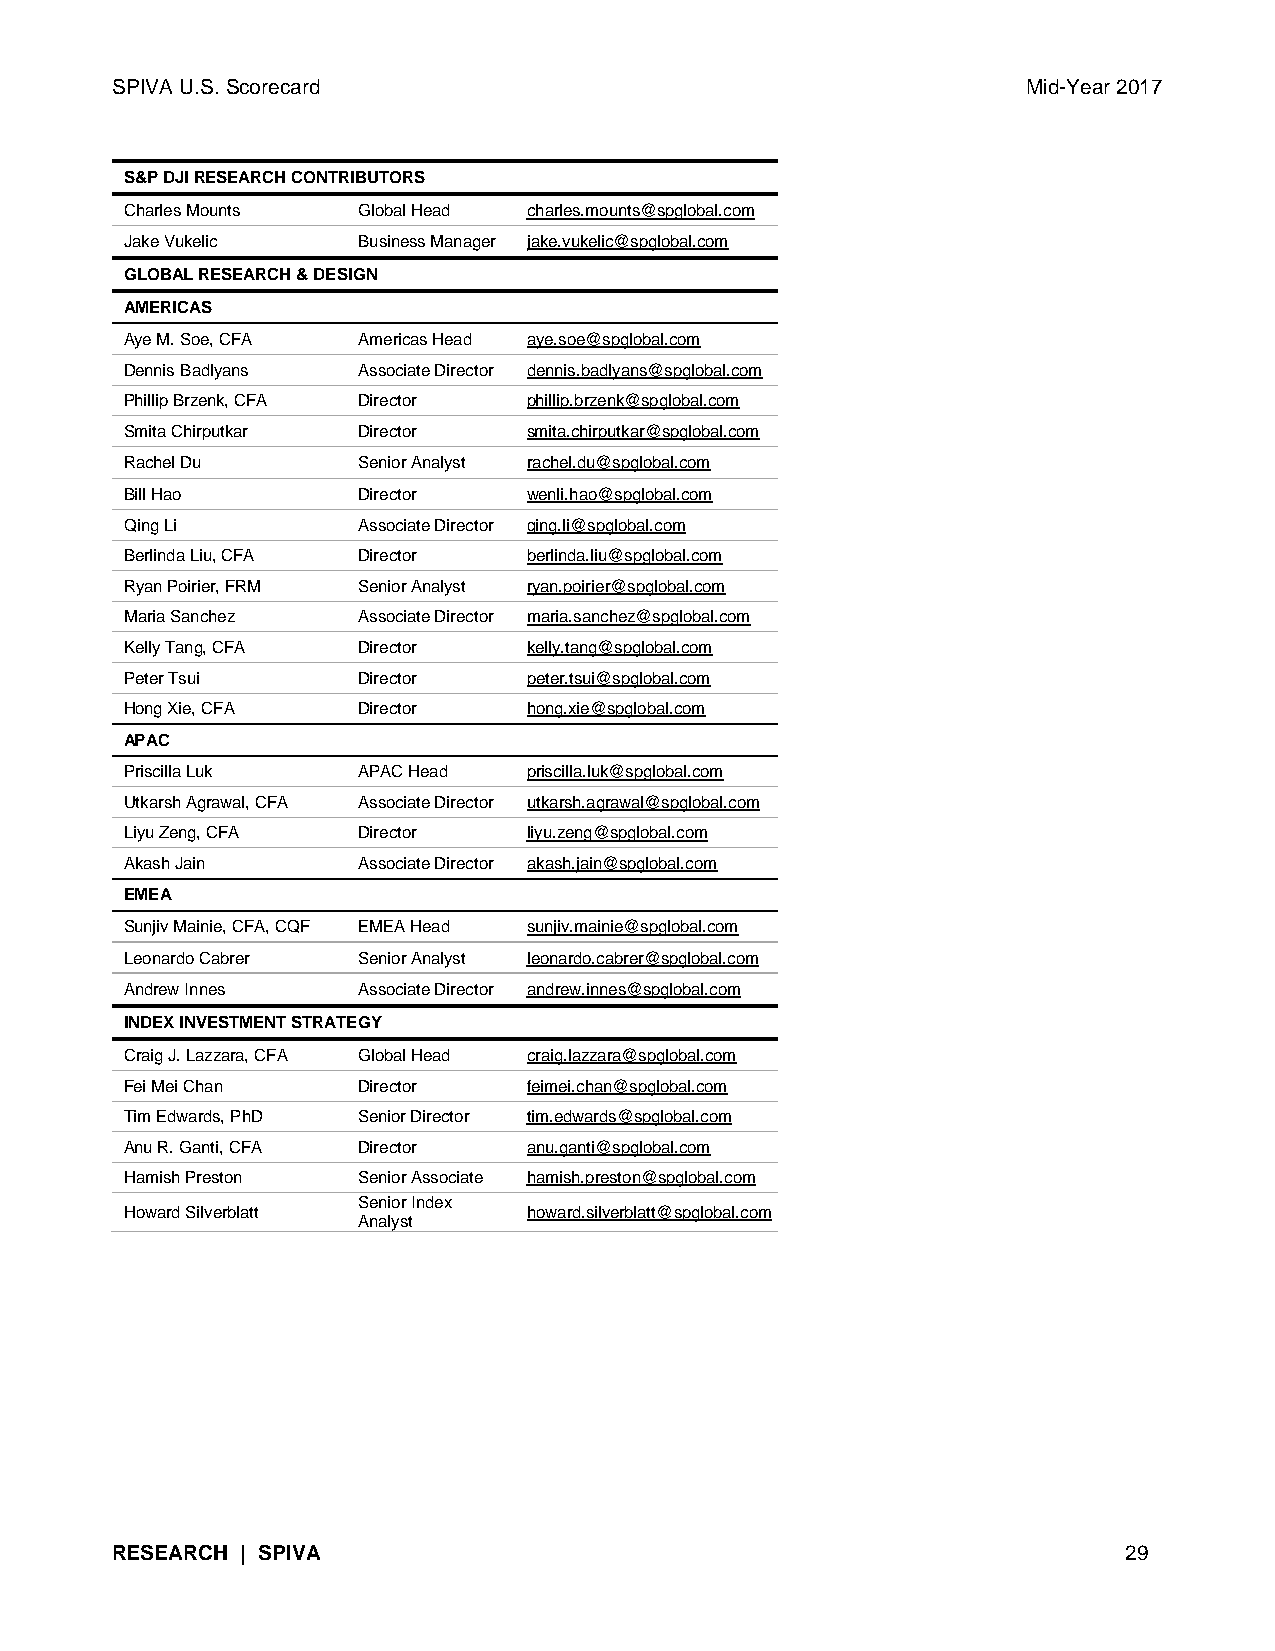
SPIVA U.S. Scorecard                                         Mid-Year 2017
 S&P DJI RESEARCH CONTRIBUTORS
 Charles Mounts  Global Head charles.mounts@spglobal.com
 Jake Vukelic    Business Manager jake.vukelic@spglobal.com
 GLOBAL RESEARCH & DESIGN
 AMERICAS
 Aye M. Soe, CFA Americas Head aye.soe@spglobal.com
 Dennis Badlyans Associate Director dennis.badlyans@spglobal.com
 Phillip Brzenk, CFA Director phillip.brzenk@spglobal.com
 Smita Chirputkar Director  smita.chirputkar@spglobal.com
 Rachel Du       Senior Analyst rachel.du@spglobal.com
 Bill Hao        Director   wenli.hao@spglobal.com
 Qing Li         Associate Director qing.li@spglobal.com
 Berlinda Liu, CFA Director berlinda.liu@spglobal.com
 Ryan Poirier, FRM Senior Analyst ryan.poirier@spglobal.com
 Maria Sanchez   Associate Director maria.sanchez@spglobal.com
 Kelly Tang, CFA Director   kelly.tang@spglobal.com
 Peter Tsui      Director   peter.tsui@spglobal.com
 Hong Xie, CFA   Director   hong.xie@spglobal.com
 APAC
 Priscilla Luk   APAC Head  priscilla.luk@spglobal.com
 Utkarsh Agrawal, CFA Associate Director utkarsh.agrawal@spglobal.com
 Liyu Zeng, CFA  Director   liyu.zeng@spglobal.com
 Akash Jain      Associate Director akash.jain@spglobal.com
 EMEA
 Sunjiv Mainie, CFA, CQF EMEA Head sunjiv.mainie@spglobal.com
 Leonardo Cabrer Senior Analyst leonardo.cabrer@spglobal.com
 Andrew Innes    Associate Director andrew.innes@spglobal.com
 INDEX INVESTMENT STRATEGY
 Craig J. Lazzara, CFA Global Head craig.lazzara@spglobal.com
 Fei Mei Chan    Director   feimei.chan@spglobal.com
 Tim Edwards, PhD Senior Director tim.edwards@spglobal.com
 Anu R. Ganti, CFA Director anu.ganti@spglobal.com
 Hamish Preston  Senior Associate hamish.preston@spglobal.com
 Senior Index
 Howard Silverblatt         howard.silverblatt@spglobal.com
 Analyst
 RESEARCH | SPIVA                                                   29